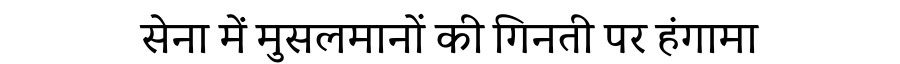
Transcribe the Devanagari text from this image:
सेना में मुसलमानों की गिनती पर हंगामा